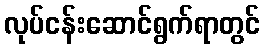
လုပ်ငန်းဆောင်ရွက်ရာတွင်